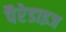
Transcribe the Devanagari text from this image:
पैरेडाइज